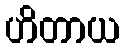
ဟိတာယ